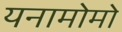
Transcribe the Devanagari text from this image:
यनामोमो